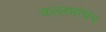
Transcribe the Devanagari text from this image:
वल्लभांचेच